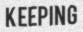
KEEPING